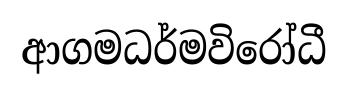
ආගමධර්මවිරෝධී